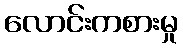
လောင်းကစားမှု